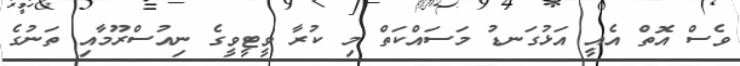
ވެސް އޮތް އެއީ އަޅުގަނޑު މަސައްކަތް މި ކުރާ ވީޓީވީގެ ނިއުސްރޫމާއި ތަނުގެ